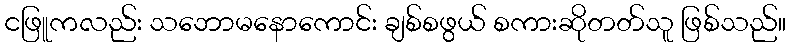
ငဖြူကလည်း သဘောမနောကောင်း ချစ်စဖွယ် စကားဆိုတတ်သူ ဖြစ်သည်။